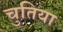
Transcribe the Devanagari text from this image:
चुतिया